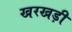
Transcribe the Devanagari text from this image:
खरखड़ी